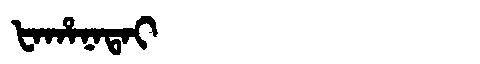
Manchu: ᡶᠠᡥᠠᠨᠠᡨᠠᡳ
Romanization: FAHANATAI